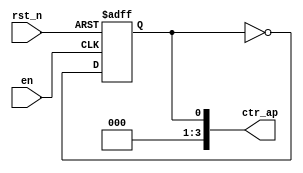
module modAP
	(
		input					rst_n	,
		input					en		,
		output	[3:0]		ctr_ap		 
	);
	
	reg		flag_ap;

	always @(posedge en,negedge rst_n) begin
		if(!rst_n)
			flag_ap	<=	0;
		else
			flag_ap	<=	~flag_ap;
	end
	
	assign	ctr_ap	=	{{3{1'b0}},flag_ap};

endmodule